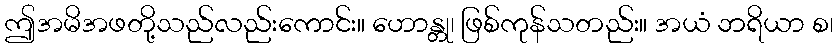
ဤအမိအဖတို့သည်လည်းကောင်း။ ဟောန္တု၊ ဖြစ်ကုန်သတည်း။ အယံ ဘရိယာ စ၊